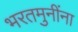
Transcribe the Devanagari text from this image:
भरतमुनींना